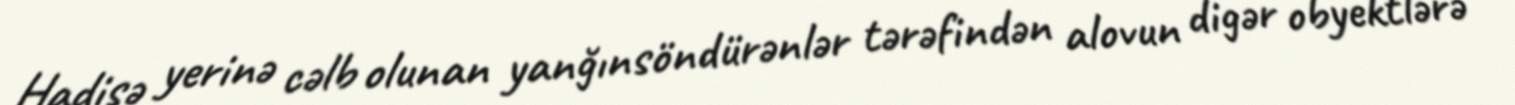
Hadisə yerinə cəlb olunan yanğınsöndürənlər tərəfindən alovun digər obyektlərə